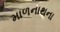
માળનાથના